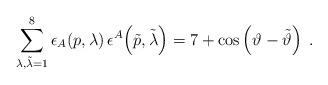
LaTeX: \begin{align*}\sum_{\lambda,\tilde{\lambda}=1}^8 \epsilon_A \!\left(p,\lambda\right) \epsilon^A \!\left(\tilde{p},\tilde{\lambda}\right) = 7 + \cos\left( \vartheta - \tilde{\vartheta} \right) \; .\end{align*}